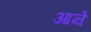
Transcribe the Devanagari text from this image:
आऩे